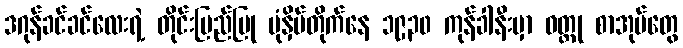
ဒဂုန်ခင်ခင်လေးရဲ့ တိုင်းပြည်ပြု ပုံနှိပ်တိုက်နေ ၁၉၃၀ ကုန်ခါနီးမှာ ဝတ္ထု စာအုပ်တွေ